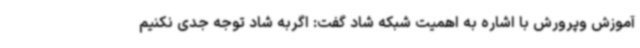
آموزش وپرورش با اشاره به اهمیت شبکه شاد گفت: اگربه شاد توجه جدی نکنیم